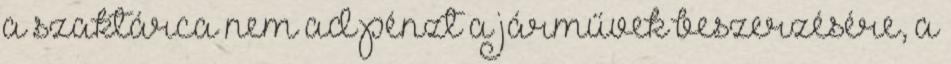
a szaktárca nem ad pénzt a járművek beszerzésére, a